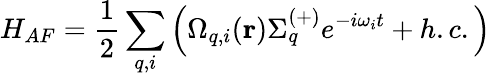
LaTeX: H_{AF}=\frac{1}{2}\sum_{q,i}\left(\Omega_{q,i}(\mathbf{r})\Sigma_{q}^{(+)}e^{-i\omega_{i}t}+h.c.\right)